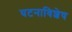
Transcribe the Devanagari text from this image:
घटनाविशेष